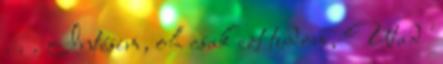
. . . Intésim, oh csak ezt tudom, Utad'